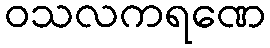
ဝသလကရဏေ